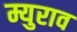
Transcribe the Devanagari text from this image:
म्युराव